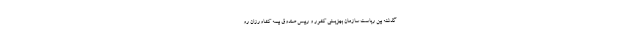
گذشته بین ریاست سازمان بهزیستی کشور و رییس صندوق بیمه کشاورزان رو